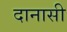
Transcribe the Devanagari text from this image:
दानासी